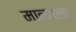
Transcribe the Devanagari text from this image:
मानवला